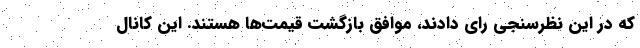
که در این نظرسنجی رای دادند، موافق بازگشت قیمت‌ها هستند. این کانال